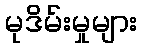
မုဒိမ်းမှုများ